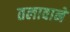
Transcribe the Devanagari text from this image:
तलावाने